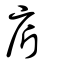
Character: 庍